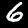
Digit: 6